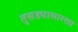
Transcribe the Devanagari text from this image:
तुसड्यासारखा